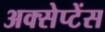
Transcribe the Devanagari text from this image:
अक्सेप्टेंस